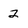
Character: 2